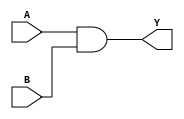
module and_dfm(output Y, input A, B);
	assign Y = A & B;
endmodule